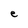
Character: e